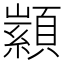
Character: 𮨙